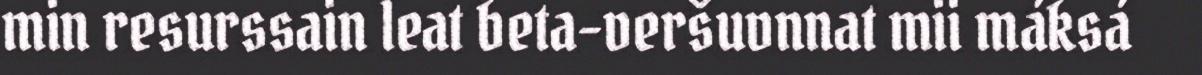
min resurssain leat beta-veršuvnnat mii máksá